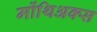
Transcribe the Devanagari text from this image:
मोंथिअक्स